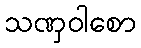
သဏှဝါစော